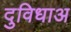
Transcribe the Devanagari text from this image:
दुविधाअ